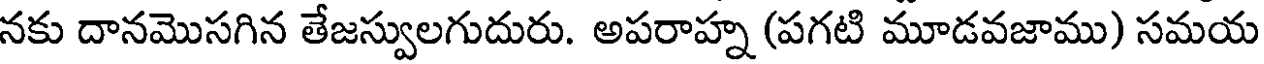
నకు దానమొసగిన తేజస్వులగుదురు. అపరాహ్న (పగటి మూడవజాము) సమయ